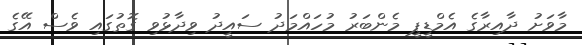
މާވަށު ދާއިރާގެ އެމްޑީޕީ މެެންބަރު މުހައްމަދު ސައީދު ވިދާޅުވި ގޮތުގައި ވެސް އޭގެ